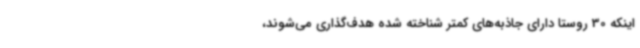
اینکه 30 روستا دارای جاذبه‌های کمتر شناخته شده هدف‌گذاری می‌شوند،